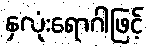
နှလုံးရောဂါဖြင့်